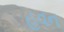
હવન